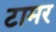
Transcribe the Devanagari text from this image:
टामर